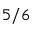
5 / 6